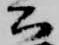
公